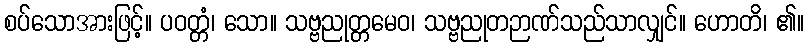
စပ်သောအားဖြင့်။ ပဝတ္တံ၊ သော။ သဗ္ဗညုတ္တမေဝ၊ သဗ္ဗညုတဉာဏ်သည်သာလျှင်။ ဟောတိ၊ ၏။